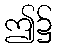
ဤ၌